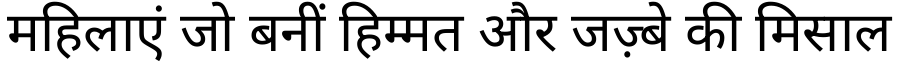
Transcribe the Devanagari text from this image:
महिलाएं जो बनीं हिम्मत और जज़्बे की मिसाल